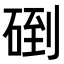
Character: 𥓫